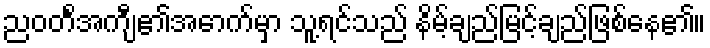
ညဝတ်င်္အကျီ၏အောက်မှာ သူ့ရင်သည် နိမ့်ချည်မြင့်ချည်ဖြစ်နေ၏။